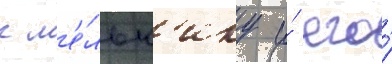
к м'е́льн'ику и́ его́